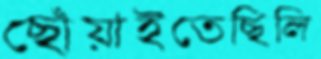
ছোঁয়াইতেছিলি